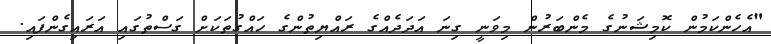
"އެހެންކަމުން ކޮމިޝަނުގެ މެންބަރުން މިވަނީ ގިނަ އަދަދެއްގެ ރައްޔިތުންގެ ހައްގުތަކަށް ގަސްތުގައި އަރައިގެންފައި.